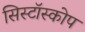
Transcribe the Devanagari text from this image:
सिस्टॉस्कोप